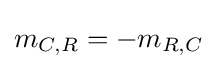
m_{C,R}=-m_{R,C}